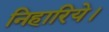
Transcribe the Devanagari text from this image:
निहारिये।